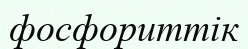
фосфориттік